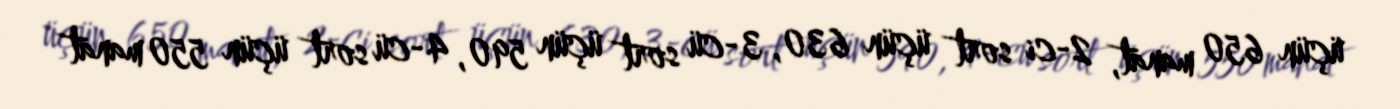
üçün 650 manat, 2-ci sort üçün 630, 3-cü sort üçün 590, 4-cü sort üçün 550 manat